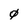
Character: 0